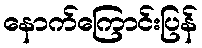
နောက်ကြောင်းပြန်